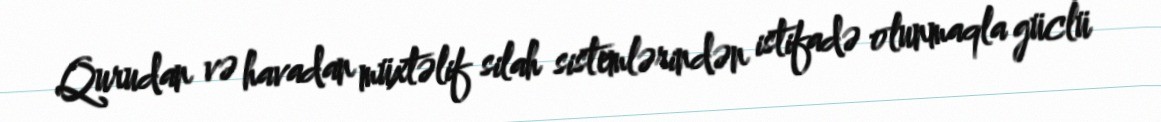
Qurudan və havadan müxtəlif silah sistemlərindən istifadə olunmaqla güclü